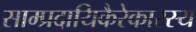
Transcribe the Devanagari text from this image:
साम्प्रदायिकैरेकारस्य